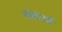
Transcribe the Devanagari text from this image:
मस्टार्ड